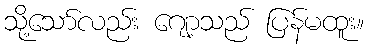
သို့သော်လည်း ဂျော့သည် ပြန်မထူး။